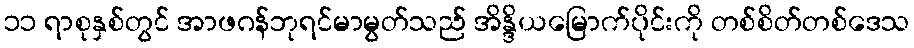
၁၁ ရာစုနှစ်တွင် အာဖဂန်ဘုရင်မာမွတ်သည် အိန္ဒိယမြောက်ပိုင်းကို တစ်စိတ်တစ်ဒေသ